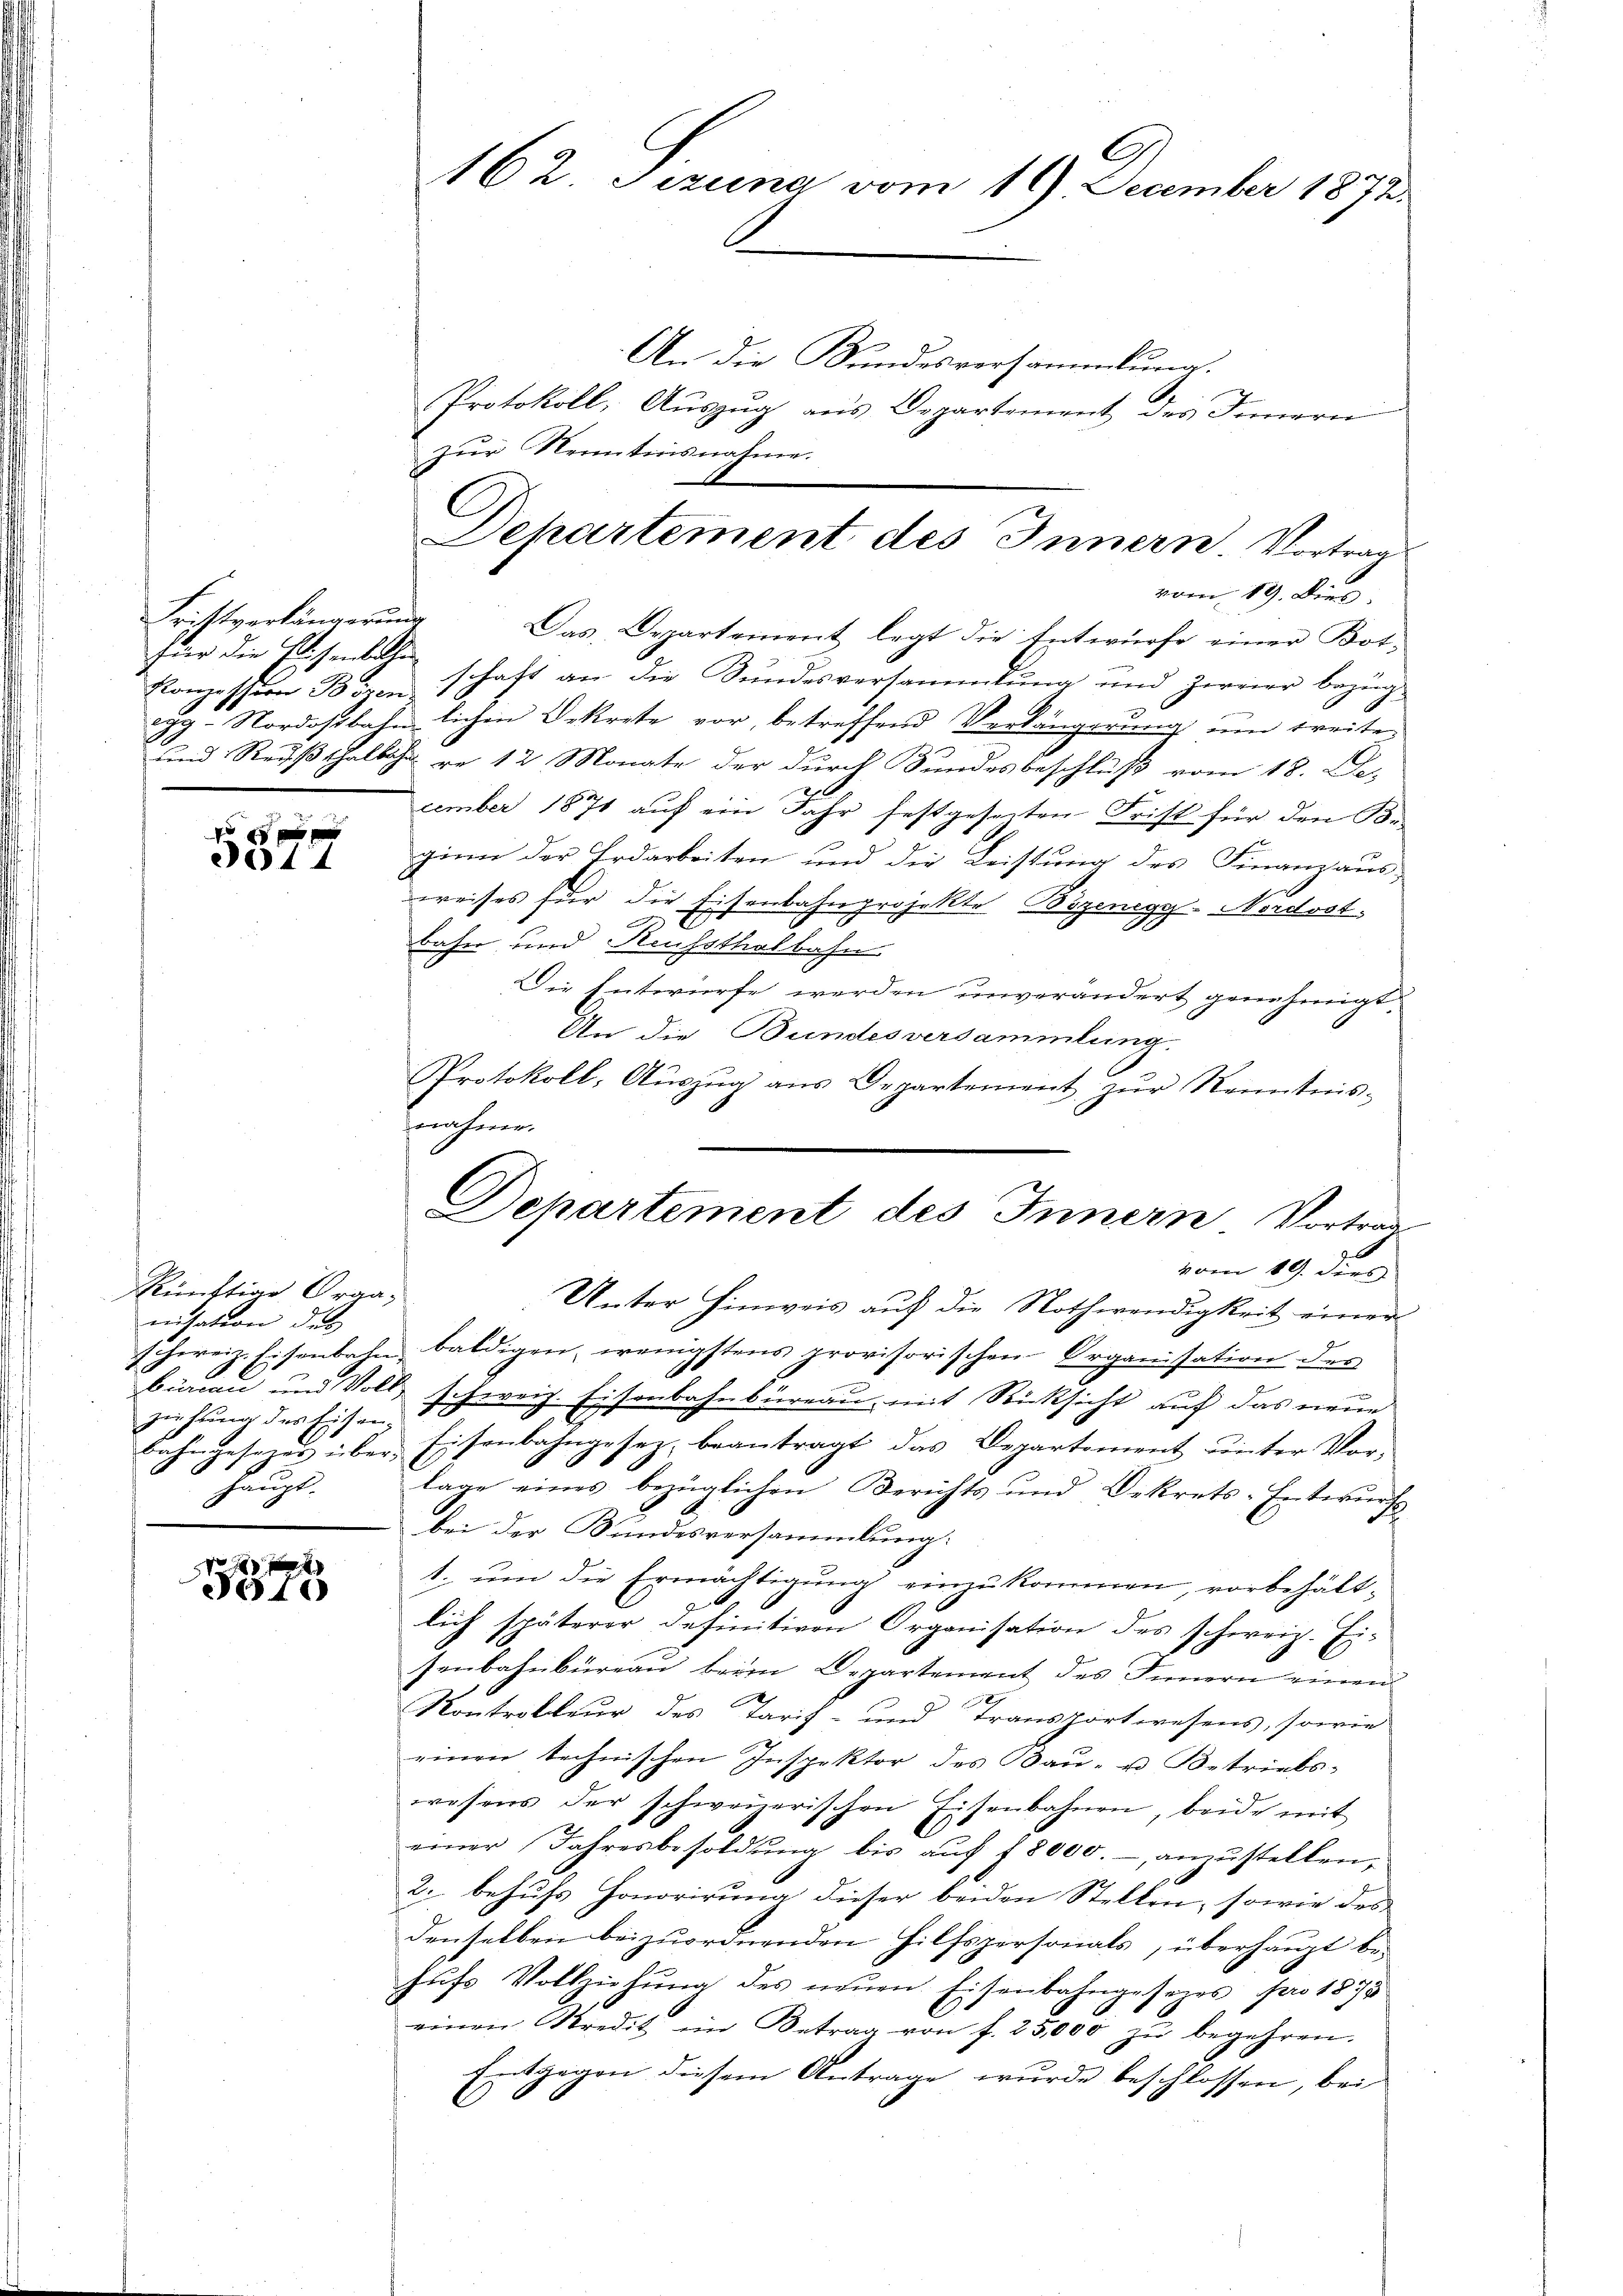
Fristverlängerung
für die Eisenbalten
Konzeschern Bozen
2

2 x x
014

künftige Organisation des
burian und Voll-
ziehung des Eisen.
Haupt.

ote

G
162. Jezuna vom 19. December 1872.

An die Bundesversammlung.
Protokoll, Auszug aus Departement des Innern
zur Neuntinsnahme.
Das Departement legt die Entwürfe einer Bot-
schaft an die Bundesversammlung und zweier bezüggg- Nordostbahn lichen Bekrete vor, betreffend Verlängerung um treite
und Reußthalbahn re 12 Monate der durch Sundesbeschluß vom 18. Dez
cember 1871 auf ein Jahr festgeseiten Frist für den Be-
ginn der Erdarbeiten und die Leistung des Finanzaus;
weises für die Eisenbahnprojekte Bozenegy-Nordostbahn und Reuhsthalbahn
Die Entwürfe werden unverändert genehmigt.
An die Bundesversammlung.
Protokoll, Aŭszŭg ans Departement zŭr Kenntnis-
nahme.
Unter Hinweis auf die Nothwendigkeit einer
schweiz. Eisenbahn baldigen, wenigstens provisorischen Organisation der
schweiz. Eisenbahnbüreau, mit Rücksicht auf das neue
bahngesezes über Eisenbahngesetz, beantragt das Departement unter Vor-
lage eines bezüglichen Berichts und Dekrets-Entwurfs
bei der Bundesversammlung:
1. um die Ermächtigung einzukommen, vorbehältlich späterer definitiven Organisation des schweiz. Ei-
senbahnbüreau beim Departement des Innern einen
x
Kontrakteur des Tarif- und Transportwesens, sowie
einen technischen Inspektor des Bau- u. Betriebswesens der schweizerischen Eisenbahnen, beide mit
einer Jahresbesoldung bis aŭf f 8000.- anzustellen,
2. behufs Honorirung dieser beiden Stellen, sowie des
denselben beizuordnenden Hilfspersonals, überhaupt be-
hŭfs Vollziehŭng des neŭen Eisenbahngesezes pro 1875
einen Kredit im Betrag von f. 25,000 zŭ begehren.
Entgegen diesem Antrage wurde beschlossen, bei
2

C
Dehartement des Innern. Vortrag
vom 19. Die

Departement des Innern Vortrag
vom 19. dies